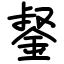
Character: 錖